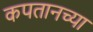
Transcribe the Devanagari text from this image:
कपतानच्या